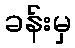
ခန်းမှ